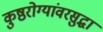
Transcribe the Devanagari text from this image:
कुष्ठरोग्यांवरसुद्धा